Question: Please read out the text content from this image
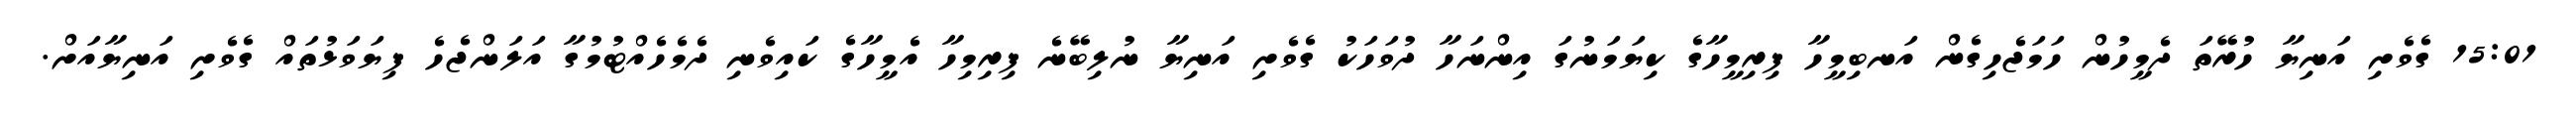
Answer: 15:01 ގެވެށި އަނިޔާ ހުރޭތަ ދެމީހުން ހަމަޖެހިގެން އަނބިމީހާ ފިރިމީހާގެ ކިޔަމަނުގަ އިންނަހާ ދުވަހަކު ގެވެށި އަނިޔާ ނުލިބޭނެ ފިރިމިހާ އެމީހާގެ ކައިވެނި ދެމެހެއްޓުމުގާ އަލަންޖެހެ ފިޔަވަޅުތައް ގެވެށި އަނިޔާއަށް.